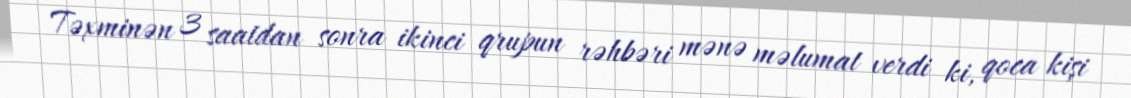
Təxminən 3 saatdan sonra ikinci qrupun rəhbəri mənə məlumat verdi ki, qoca kişi